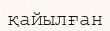
қайылған